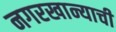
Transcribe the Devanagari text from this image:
नगरखान्याची